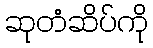
ဆုတံဆိပ်ကို